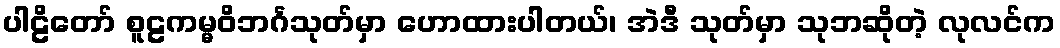
ပါဠိတော် စူဠကမ္မဝိဘင်္ဂသုတ်မှာ ဟောထားပါတယ်၊ အဲဒီ သုတ်မှာ သုဘဆိုတဲ့ လုလင်က